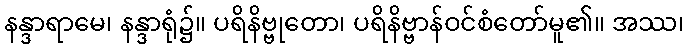
နန္ဒာရာမေ၊ နန္ဒာရုံ၌။ ပရိနိဗ္ဗုတော၊ ပရိနိဗ္ဗာန်ဝင်စံတော်မူ၏။ အဿ၊